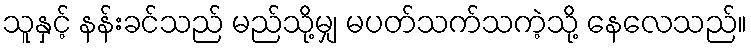
သူနှင့် နန်းခင်သည် မည်သို့မျှ မပတ်သက်သကဲ့သို့ နေလေသည်။